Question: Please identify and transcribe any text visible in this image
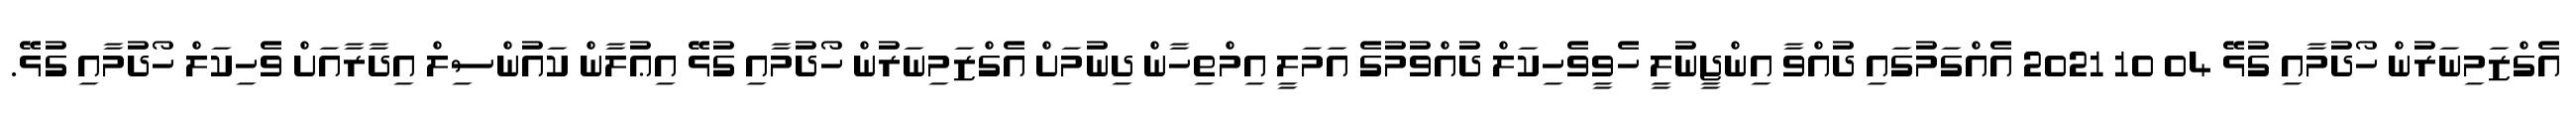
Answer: އެގްޒަމިނަރުން ހޯދުމާއި ގުޅޭ 04 10 2021 އެއްގަމުގައި ދުއްވާ އިންޖީނުލީ ހެވީވެހިކަލް ދުއްވުމުގެ އަމަލީ އިމްތިހާން ދިނުމަށް އެގްޒަމިނަރުން ހޯދުމާއި ގުޅޭ އިޢުލާން ކައުންސިލް އިދާރާއަށް ވެހިކަލް ހޯދުމާއި ގުޅޭ.